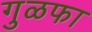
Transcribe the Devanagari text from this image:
गुळफा